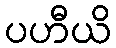
ပဟီယိ